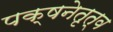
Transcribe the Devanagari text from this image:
पक्षनेतृत्व